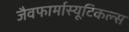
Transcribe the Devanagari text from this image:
जैवफार्मास्यूटिकल्स